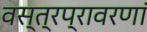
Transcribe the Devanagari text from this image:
वस्त्रप्रावरणां